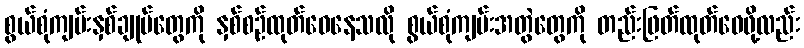
စွယ်စုံကျမ်းနှစ်ချုပ်တွေကို နှစ်စဉ်ထုတ်ဝေနေသလို စွယ်စုံကျမ်းအတွဲတွေကို တည်းဖြတ်ထုတ်ဝေဖို့လည်း